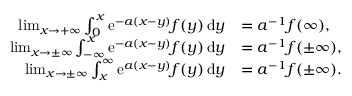
\begin{array} { r l } { \operatorname* { l i m } _ { x \to + \infty } \int _ { 0 } ^ { x } \mathrm { e } ^ { - a ( x - y ) } f ( y ) \, \mathrm { d } y } & { = a ^ { - 1 } f ( \infty ) , } \\ { \operatorname* { l i m } _ { x \to \pm \infty } \int _ { - \infty } ^ { x } \mathrm { e } ^ { - a ( x - y ) } f ( y ) \, \mathrm { d } y } & { = a ^ { - 1 } f ( \pm \infty ) , } \\ { \operatorname* { l i m } _ { x \to \pm \infty } \int _ { x } ^ { \infty } \mathrm { e } ^ { a ( x - y ) } f ( y ) \, \mathrm { d } y } & { = a ^ { - 1 } f ( \pm \infty ) . } \end{array}